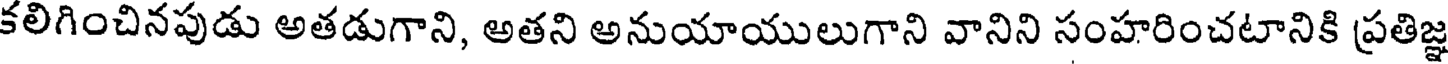
కలిగించినపుడు అతడుగాని, అతని అనుయాయులుగాని వానిని సంహరించటానికి ప్రతిజ్ఞ